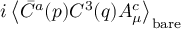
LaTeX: i \left< \bar { C } ^ { a } ( p ) C ^ { 3 } ( q ) A _ { \mu } ^ { c } \right> _ { \mathrm { b a r e } }